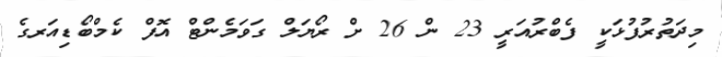
މިދަތުރުފުޅަކީ ފެބްރުއަރީ 23 ން 26 ށް ރޯޔަލް ގަވަމެންޓް އޮފް ކެމްބޯޑިއަރގެ